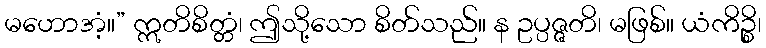
မဟောအံ့။” ဣတိစိတ္တံ၊ ဤသို့သော စိတ်သည်။ န ဥပ္ပဇ္ဇတိ၊ မဖြစ်။ ယံကိဉ္စိ၊